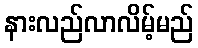
နားလည်လာလိမ့်မည်